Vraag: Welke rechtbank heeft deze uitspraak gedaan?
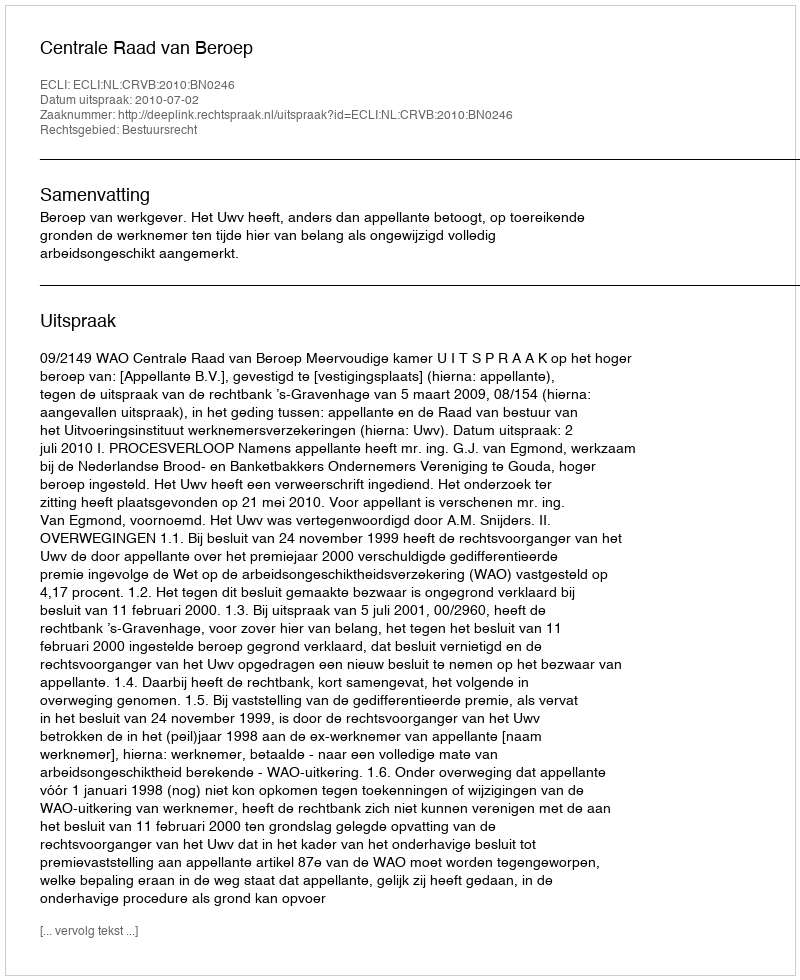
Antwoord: Centrale Raad van Beroep